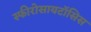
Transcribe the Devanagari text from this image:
स्फीरोसायटॉसिस